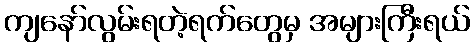
ကျနော်လွမ်းရတဲ့ရက်တွေမှ အများကြီးရယ်